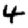
Digit: 4